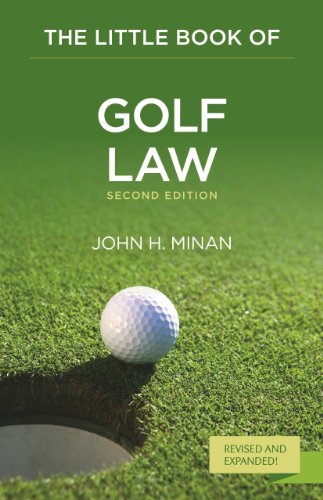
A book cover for The Little Book of Golf Law (Little Books); John H. Minan; Law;